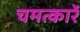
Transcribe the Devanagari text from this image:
चमत्कारें